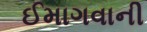
ઈમાગવાની